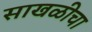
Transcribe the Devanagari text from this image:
साखळीचा